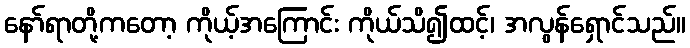
နော်ရာတို့ကတော့ ကိုယ့်အကြောင်း ကိုယ်သိ၍ထင့်၊ အလွန်ရှောင်သည်။